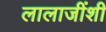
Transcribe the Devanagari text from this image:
लालाजींशी